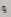
و